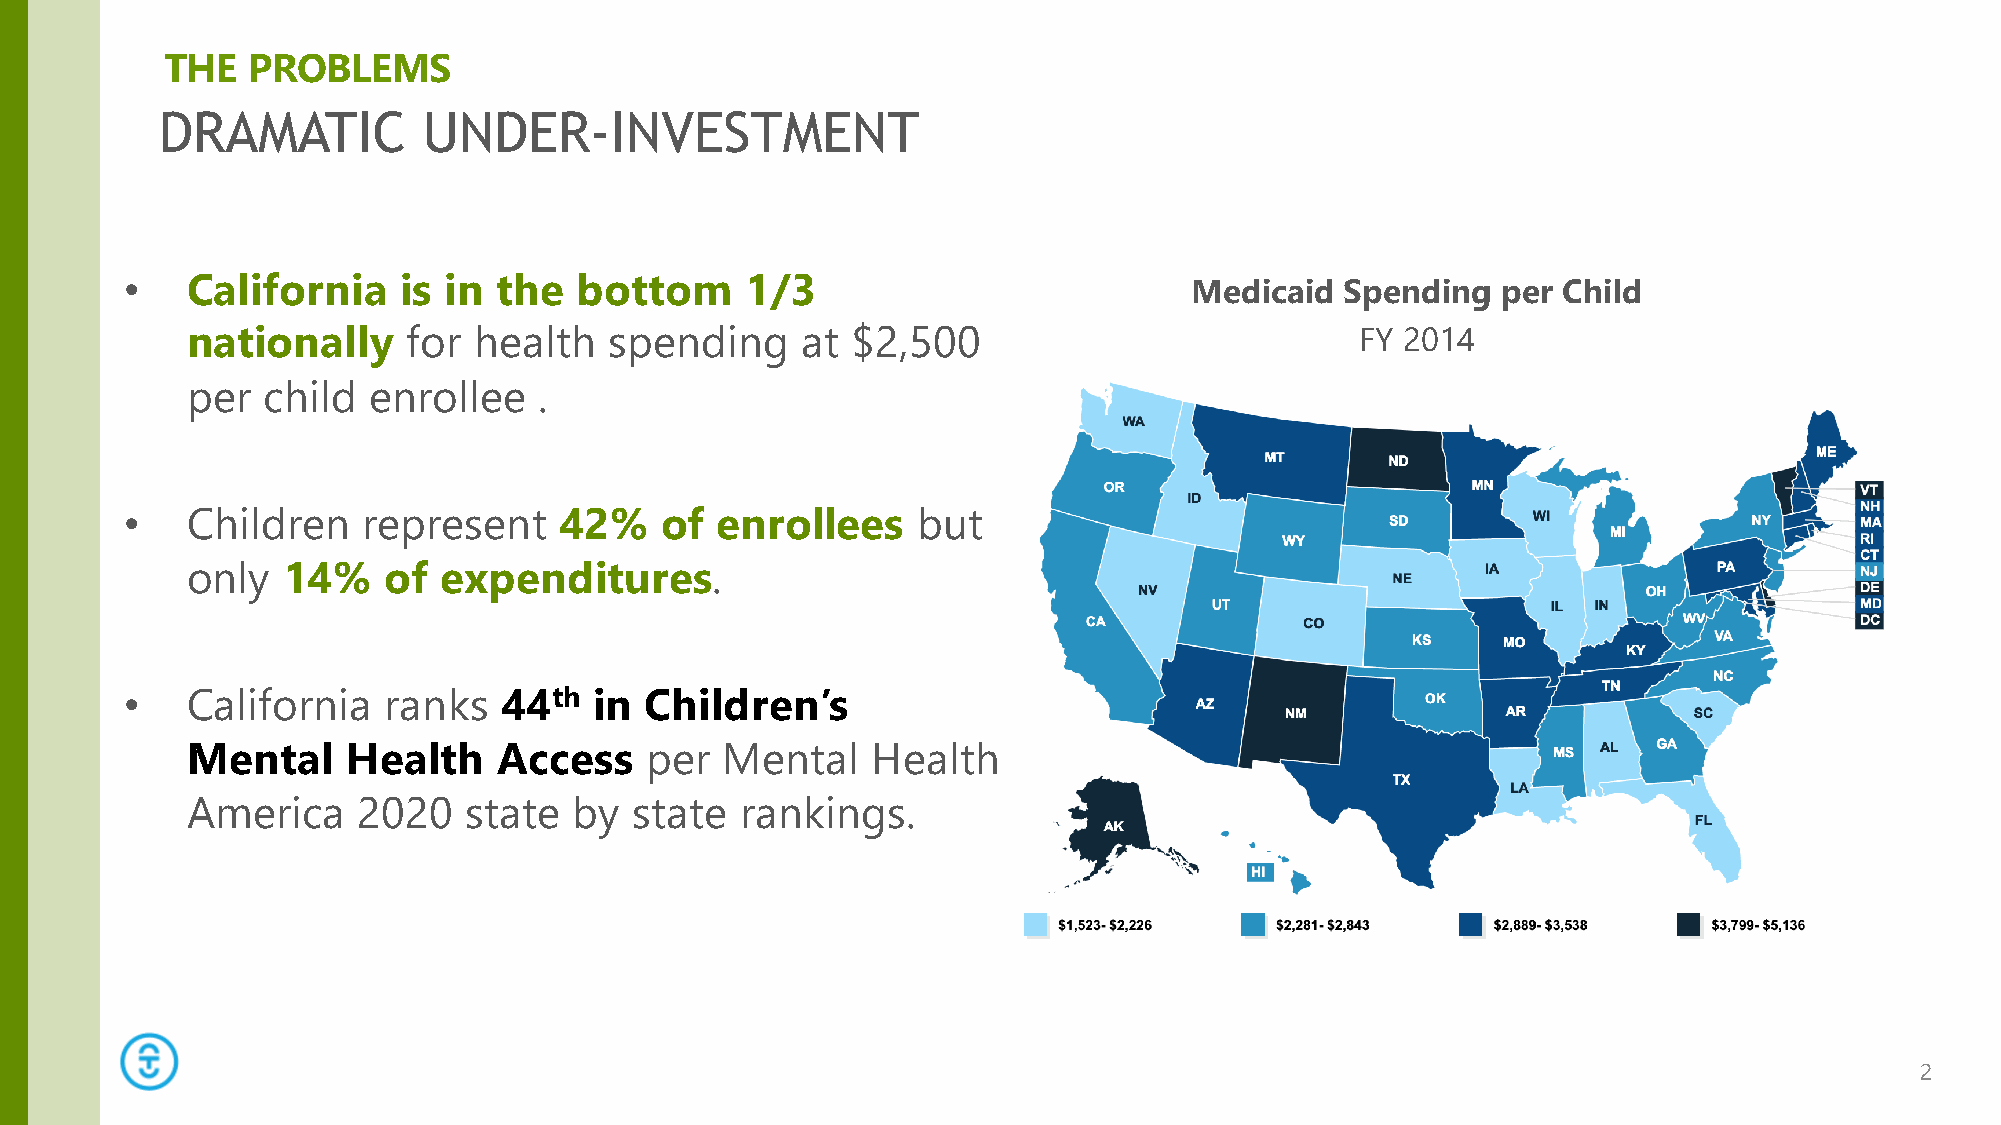
THE  PROBLEMS
 DRAMATIC         UNDER-INVESTMENT
 •   California     is in the  bottom     1/3                           Medicaid  Spending  per Child
 nationally     for health   spending     at $2,500                            FY 2014
 per  child  enrollee    .
 •   Children    represent    42%    of enrollees     but
 only   14%   of  expenditures.
 •   California   ranks   44th  in  Children’s
 Mental     Health    Access    per  Mental    Health
 America     2020   state  by  state  rankings.
 2